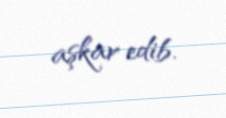
aşkar edib.